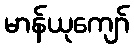
မာန်ယုကျော်